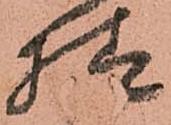
様